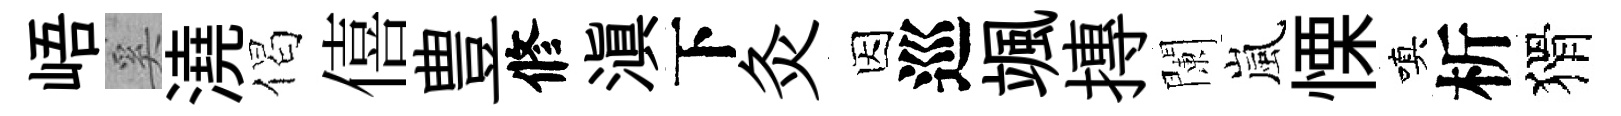
峿奚澆偈僖豊修滇下灸因巡颯摶闌嵐慄嗔析猾